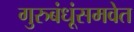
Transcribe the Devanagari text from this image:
गुरुबंधूंसमवेत